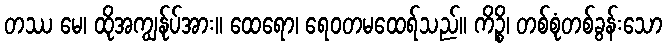
တဿ မေ၊ ထိုအကျွန်ုပ်အား။ ထေရော၊ ရေဝတမထေရ်သည်။ ကိဉ္စိ၊ တစ်စုံတစ်ခွန်းသော